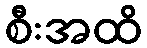
စီးအထိ